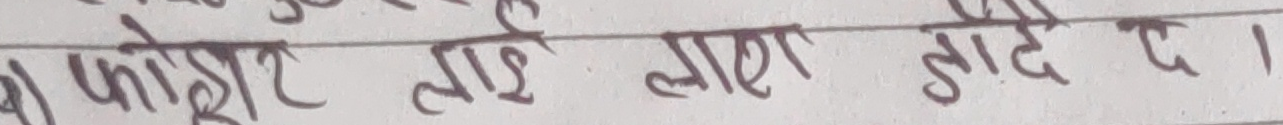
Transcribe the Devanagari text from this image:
फोर्हर लाई लाश ठान्छे यो ।